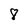
Character: 8